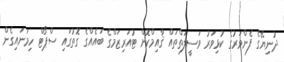
ދުނިޔޭގެ ފެންވަރުގެ ކުޅިވަރު ވަސީލަތްތައް ޤާއިމްކޮށް ޓުއަރިޒަމްގެ ބައެއްގެ ގޮތުގައި ސްޕޯޓް ހިމަނައިގެން